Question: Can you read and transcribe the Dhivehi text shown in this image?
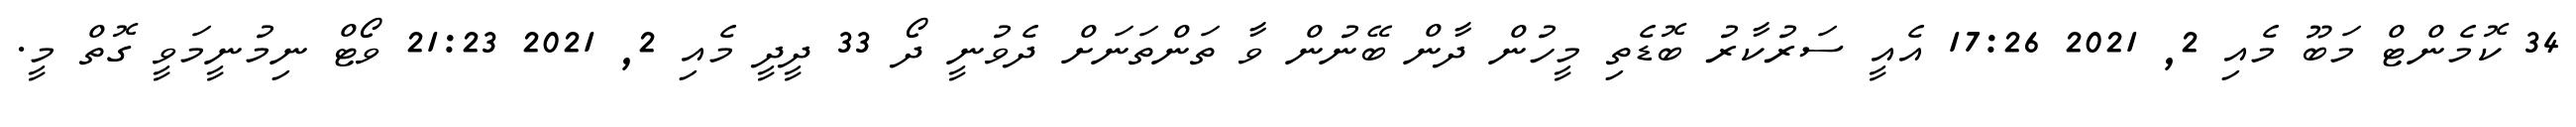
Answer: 34 ކޮމެންޓް މަބޫ މެއި 2, 2021 17:26 އެއީ ސަރުކާރު ބޮޑެތި މީހުން ދާން ބޭނުން ވާ ތަންތަނަށް ދެވުނީ ދޯ 33 ދީދީ މެއި 2, 2021 21:23 ވޯޓް ނިމުނީމަވީ ގޮތް މީ.